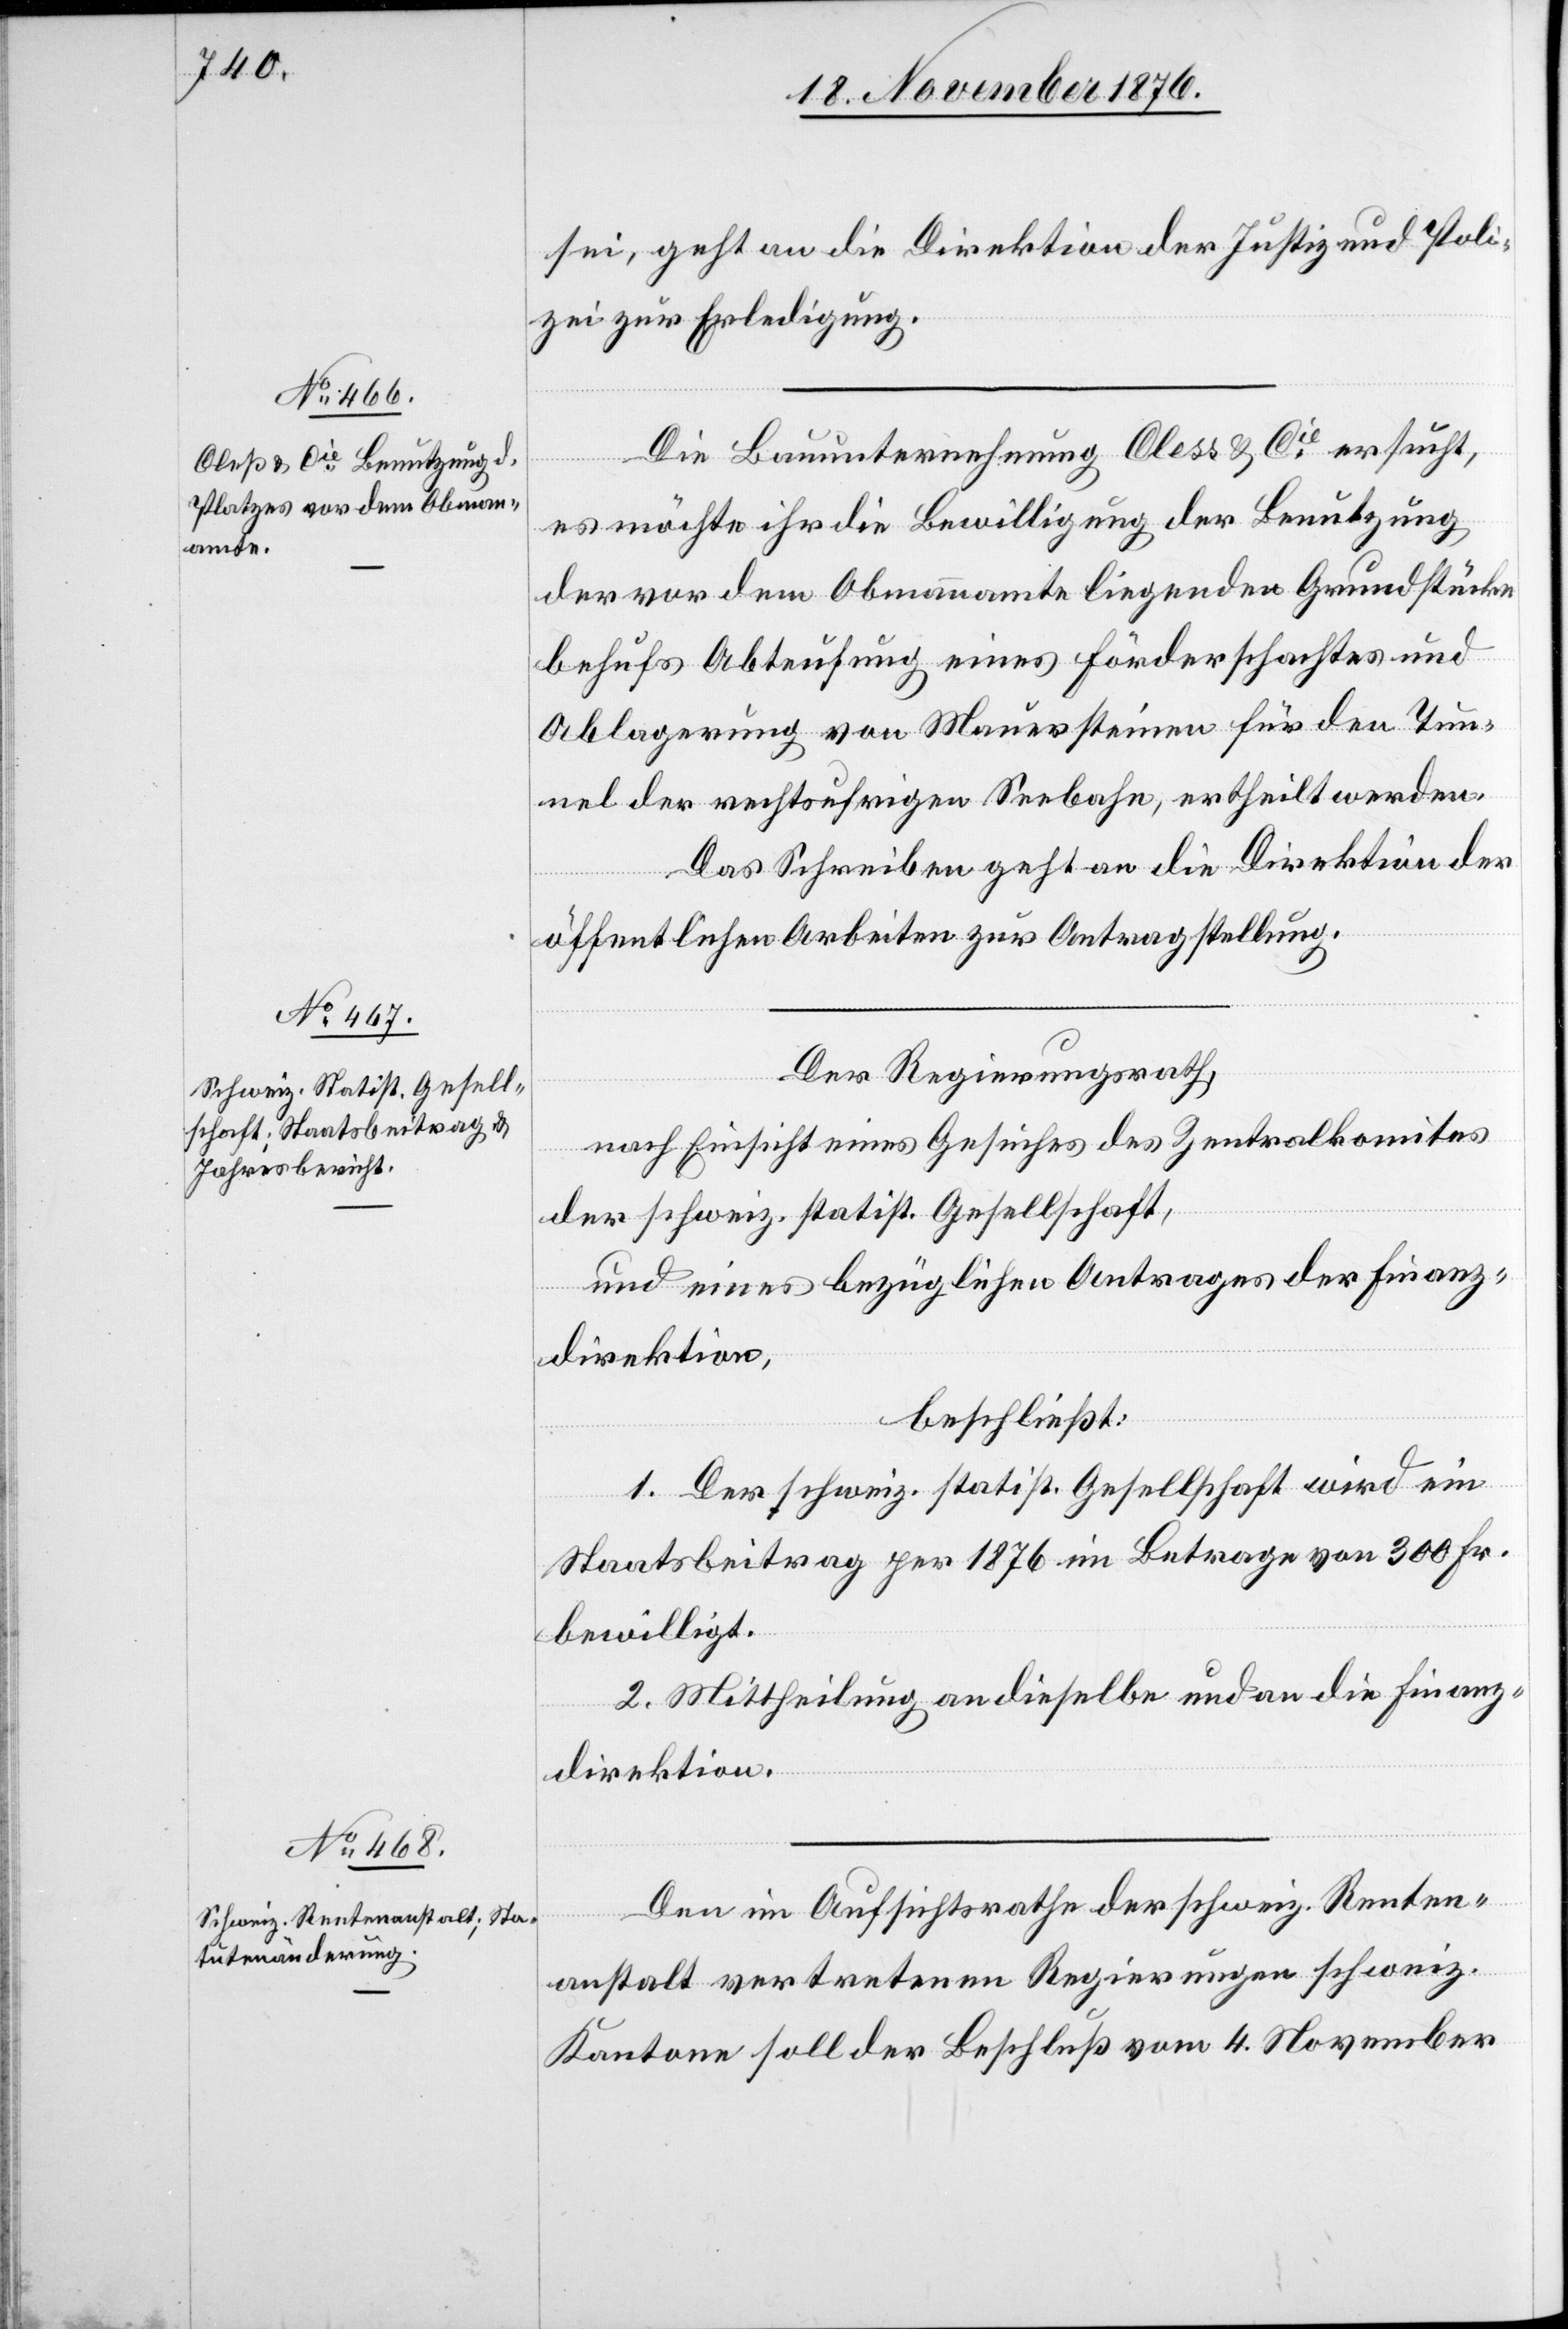
sei, geht an die Direktion der Justiz und Poli¬
zei zur Erledigung.
Die Bauunternehmung Cless & Cie ersucht,
es möchte ihr die Bewilligung der Benutzung
der vor dem Obmannamte liegenden Grundstücke
behufs Abteufung eines Förderschachtes und
Ablagerung von Mauersteinen für den Tun¬
nel der rechtsufrigen Seebahn, ertheilt werden.
Das Schreiben geht an die Direktion der
öffentlichen Arbeiten zur Antragstellung.
Der Regierungsrath,
nach Einsicht eines Gesuches des Zentralkomites
der schweiz. statist. Gesellschaft,
und eines bezüglichen Antrages der Finanz¬
direktion,
beschließt:
1. Der schweiz. statist. Gesellschaft wird ein
Staatsbeitrag per 1876 im Betrage von 300 Fr.
bewilligt.
2. Mittheilung an dieselbe und an die Finanz¬
direktion.
Den im Aufsichtsrathe der schweiz. Renten¬
anstalt vertretenen Regierungen schweiz.
Kantone soll der Beschluß vom 4. November